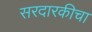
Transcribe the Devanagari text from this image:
सरदारकीचा